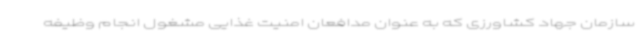
سازمان جهاد کشاورزی که به عنوان مدافعان امنیت غذایی مشغول انجام وظیفه